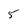
Character: 5